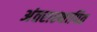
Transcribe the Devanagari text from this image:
अंतरास्थापित